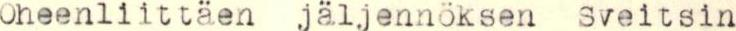
Oheenliittäen jäljennöksen Sveitsin